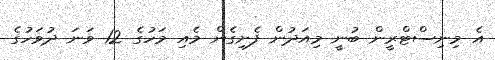
އެ މިނިސްޓްރީން ބުނީ މިއަދުން ފެށިގެން މެއި މަހުގެ 12 ވަނަ ދުވަހުގެ